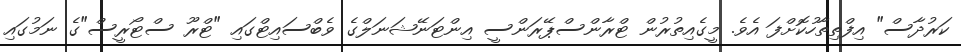
ކަރުދާސް" އިފްތިތާހުކޮށްފަ އެވެ. މީގެއިތުރުން ޓްރާންސްޕޭރަންސީ އިންޓަނޭޝަނަލްގެ ވެބްސައިޓްގައި "ޓްރޫ ސްޓޯރީސް"ގެ ނަމުގައި